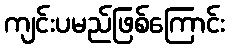
ကျင်းပမည်ဖြစ်ကြောင်း